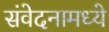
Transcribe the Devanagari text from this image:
संवेदनामध्ये